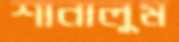
শানালুম